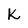
Character: K